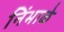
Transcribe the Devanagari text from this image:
निंभाळे